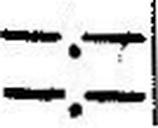
—.—